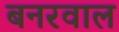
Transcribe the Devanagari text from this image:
बनरवाल